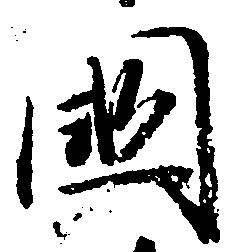
国